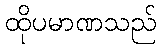
ထိုပမာဏသည်